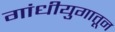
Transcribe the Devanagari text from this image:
गांधीयुगातून